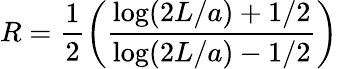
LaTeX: R=\frac{1}{2}\left(\frac{\log(2L/a)+1/2}{\log(2L/a)-1/2}\right)